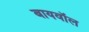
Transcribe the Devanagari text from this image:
बायवॉल